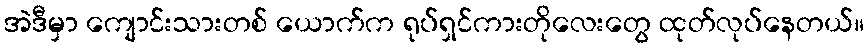
အဲဒီမှာ ကျောင်းသားတစ် ယောက်က ရုပ်ရှင်ကားတိုလေးတွေ ထုတ်လုပ်နေတယ်။